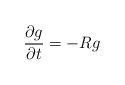
LaTeX: \begin{align*}\frac{\partial g}{\partial t}=-Rg \end{align*}